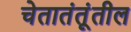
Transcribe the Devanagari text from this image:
चेतातंतूंतील